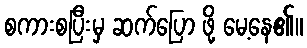
စကားစပြီးမှ ဆက်ပြော ဖို့ မေ့နေ၏။